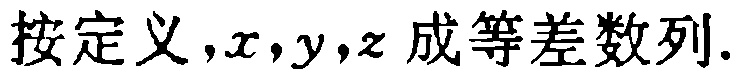
按定义，\(x,y,z\)成等差数列.